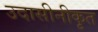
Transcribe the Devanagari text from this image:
उदासीनीकृत